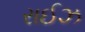
રાઈઝ